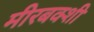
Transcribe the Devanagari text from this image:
मीरबक्शी